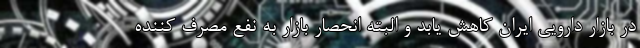
در بازار دارویی ایران کاهش یابد و البته انحصار بازار به نفع مصرف کننده